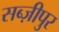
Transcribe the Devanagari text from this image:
सब्ज़ीपुर